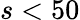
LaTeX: s<50